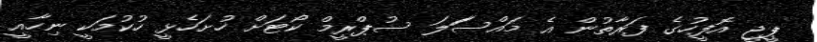
ޕީޖީ އޮފީހުގެ ފަރާތުން އެ މައްސަަލަ ސުޕްރީމް ކޯޓަށް ހުށަހެޅީ ހުކުމަކީ ނިހާއީ